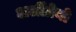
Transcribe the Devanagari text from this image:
अर्लीग्रेनो